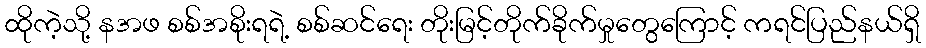
ထိုကဲ့သို့ နအဖ စစ်အစိုးရရဲ့ စစ်ဆင်ရေး တိုးမြင့်တိုက်ခိုက်မှုတွေကြောင့် ကရင်ပြည်နယ်ရှိ